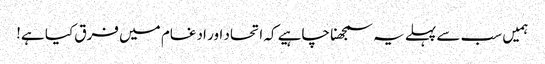
ہمیں سب سے پہلے یہ سمجھنا چاہیے کہ اتحاد اور ادغام میں فرق کیا ہے!